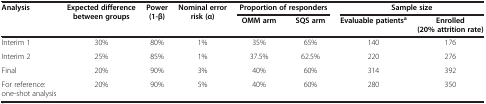
<table><thead><tr><td rowspan="2"><b>Analysis</b></td><td rowspan="2"><b>Expected difference between groups</b></td><td rowspan="2"><b>Power (1-β)</b></td><td rowspan="2"><b>Nominal error risk (α)</b></td><td colspan="2"><b>Proportion of responders</b></td><td colspan="2"><b>Sample size</b></td></tr><tr><td><b>OMM arm</b></td><td><b>SQS arm</b></td><td><b>Evaluable patients<sup>a</sup></b></td><td><b>Enrolled (20% attrition rate)</b></td></tr></thead><tbody><tr><td>Interim 1</td><td>30%</td><td>80%</td><td>1%</td><td>35%</td><td>65%</td><td>140</td><td>176</td></tr><tr><td>Interim 2</td><td>25%</td><td>85%</td><td>1%</td><td>37.5%</td><td>62.5%</td><td>220</td><td>276</td></tr><tr><td>Final</td><td>20%</td><td>90%</td><td>3%</td><td>40%</td><td>60%</td><td>314</td><td>392</td></tr><tr><td>For reference: one-shot analysis</td><td>20%</td><td>90%</td><td>5%</td><td>40%</td><td>60%</td><td>280</td><td>350</td></tr></tbody></table>